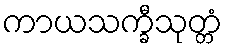
ကာယသက္ခီသုတ္တံ